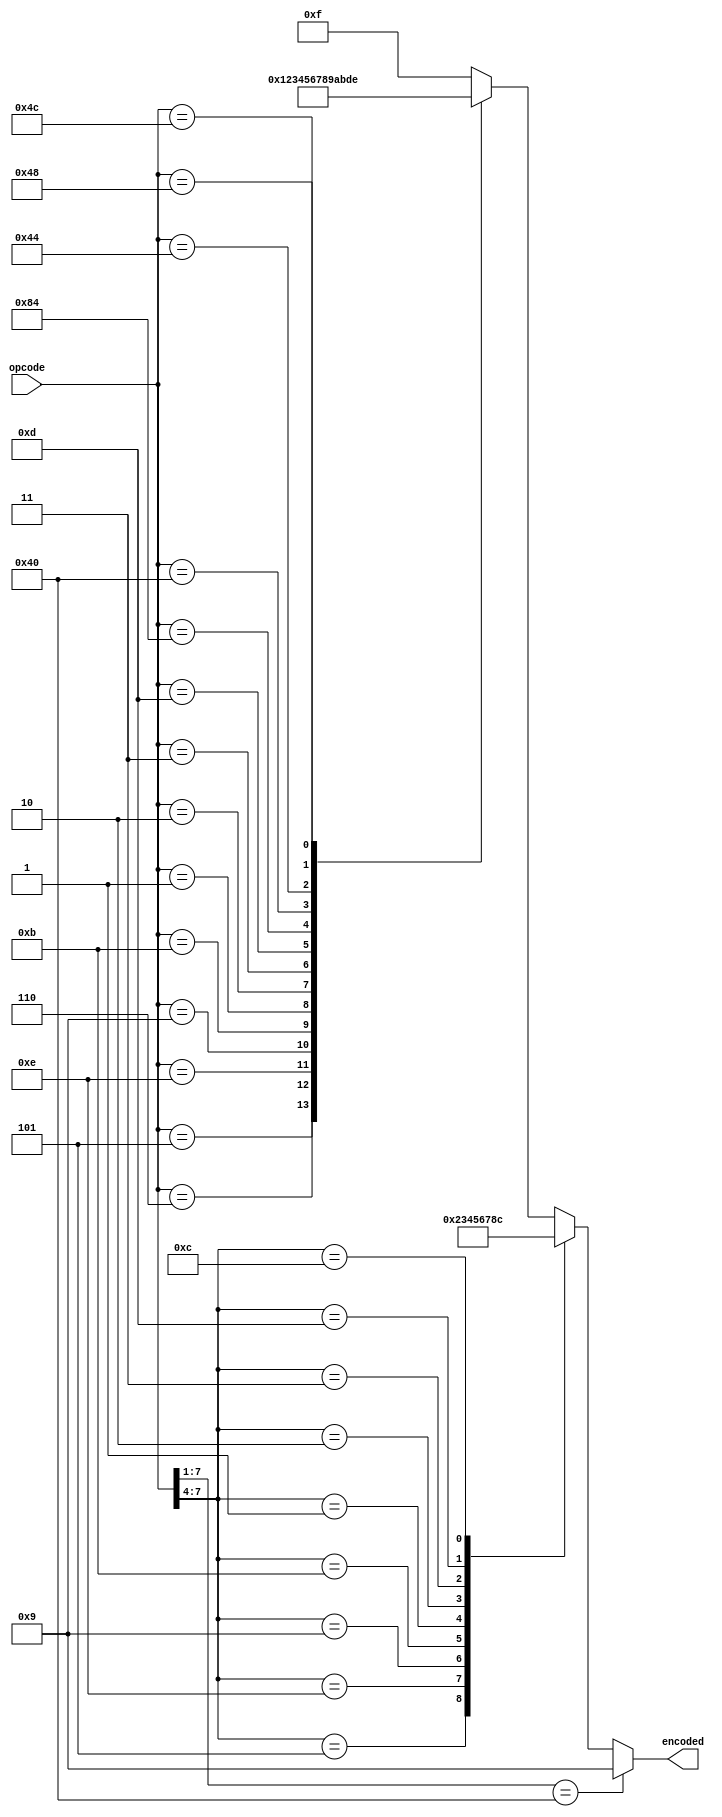
module ALU_ENCODER(input wire [7:0]opcode, output reg [3:0]encoded);
parameter [7:0]ADD = 8'b00000101;
parameter [7:0]ADDU = 8'b00000110;
parameter [7:0]MUL = 8'b00001110;
parameter [7:0]SUB = 8'b00001001;
parameter [7:0]CMP = 8'b00001011;
parameter [7:0]AND = 8'b00000001;
parameter [7:0]OR = 8'b00000010;
parameter [7:0]XOR = 8'b00000011;
parameter [7:0]MOV = 8'b00001101;
parameter [7:0]LSH = 8'b10000100;
parameter [7:0]LOAD = 8'b01000000;
parameter [7:0]STOR = 8'b01000100;
parameter [7:0]JCOND = 8'b01001100;
parameter [7:0]JAL = 8'b01001000;
parameter [7:0]WAIT = 8'b00000000;

parameter [3:0]ADD_I = 4'b0101;
parameter [3:0]MUL_I = 4'b1110;
parameter [3:0]SUB_I = 4'b1001;
parameter [3:0]CMP_I = 4'b1011;
parameter [3:0]AND_I = 4'b0001;
parameter [3:0]OR_I = 4'b0010;
parameter [3:0]XOR_I = 4'b0011;
parameter [3:0]MOV_I = 4'b1101;
parameter [3:0]BCOND = 4'b1100;

parameter [6:0]LSH_I = 7'b1000000;


always @(opcode)
  begin
    case(opcode)
      ADD:
        encoded = 0;
      ADDU:
        encoded = 1;
      MUL:
        encoded = 2;
      SUB:
        encoded = 3;
      CMP:
        encoded = 4;
      AND:
        encoded = 5;
      OR:
        encoded = 6;
      XOR:
        encoded = 7;
      MOV:
        encoded = 8;
      LSH:
        encoded = 9;
      LOAD:
        encoded = 10;
      STOR:
        encoded = 11;
      JCOND:
        encoded = 13;
      JAL:
        encoded = 14;
      default:
        encoded = 15; // WAIT / NOP / Not Implemented
    endcase
	 case(opcode[7:4])
		ADD_I:
			encoded = 0;
		MUL_I:
			encoded = 2;
		SUB_I:
			encoded = 3;
		CMP_I:
			encoded = 4;
		AND_I:
			encoded = 5;
		OR_I:
			encoded = 6;
		XOR_I:
			encoded = 7;
		MOV_I:
			encoded = 8;
		BCOND:
			encoded = 12;
	 endcase
	 if(opcode[7:1] == LSH_I)
		encoded = 9;
  end
endmodule